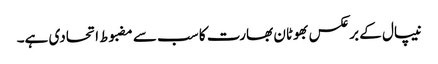
نیپال کے برعکس بھوٹان بھارت کا سب سے مضبوط اتحادی ہے۔